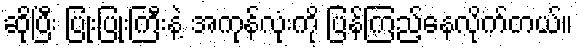
ဆိုပြီး ပြုံးပြုံးကြီးနဲ့ အကုန်လုံးကို ပြန်ကြည့်နေလိုက်တယ်။